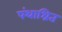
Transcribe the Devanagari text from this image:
पंथाश्रित